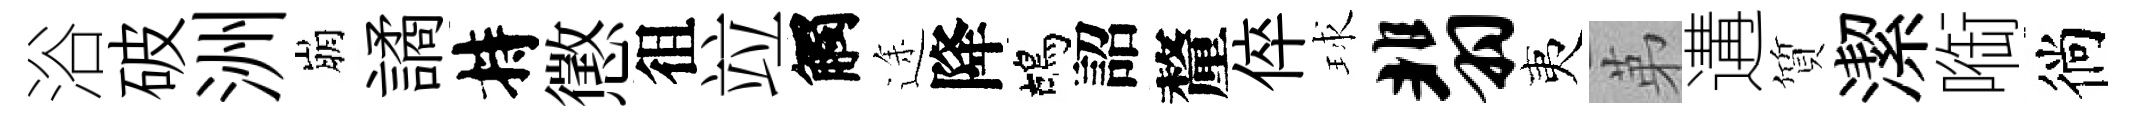
浴破洲崩譎持懲徂竝觸途降鴣詔釐倅球翡夷苐遘質潔㗸徜